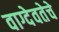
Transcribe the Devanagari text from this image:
वाग्देवतेचे